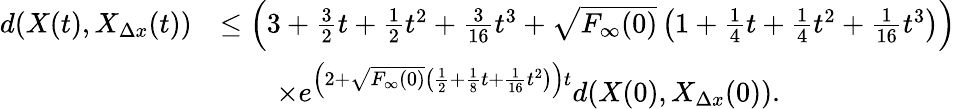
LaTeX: \begin{array}{rl}{d(X(t),X_{\Delta x}(t))}&{\leq\left(3+\frac{3}{2}t+\frac{1}{2}t^{2}+\frac{3}{16}t^{3}+\sqrt{F_{\infty}(0)}\left(1+\frac{1}{4}t+\frac{1}{4}t^{2}+\frac{1}{16}t^{3}\right)\right)}\\ &{\qquad\times e^{\left(2+\sqrt{F_{\infty}(0)}\left(\frac{1}{2}+\frac{1}{8}t+\frac{1}{16}t^{2}\right)\right)t}d(X(0),X_{\Delta x}(0)).}\end{array}